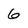
Character: 6